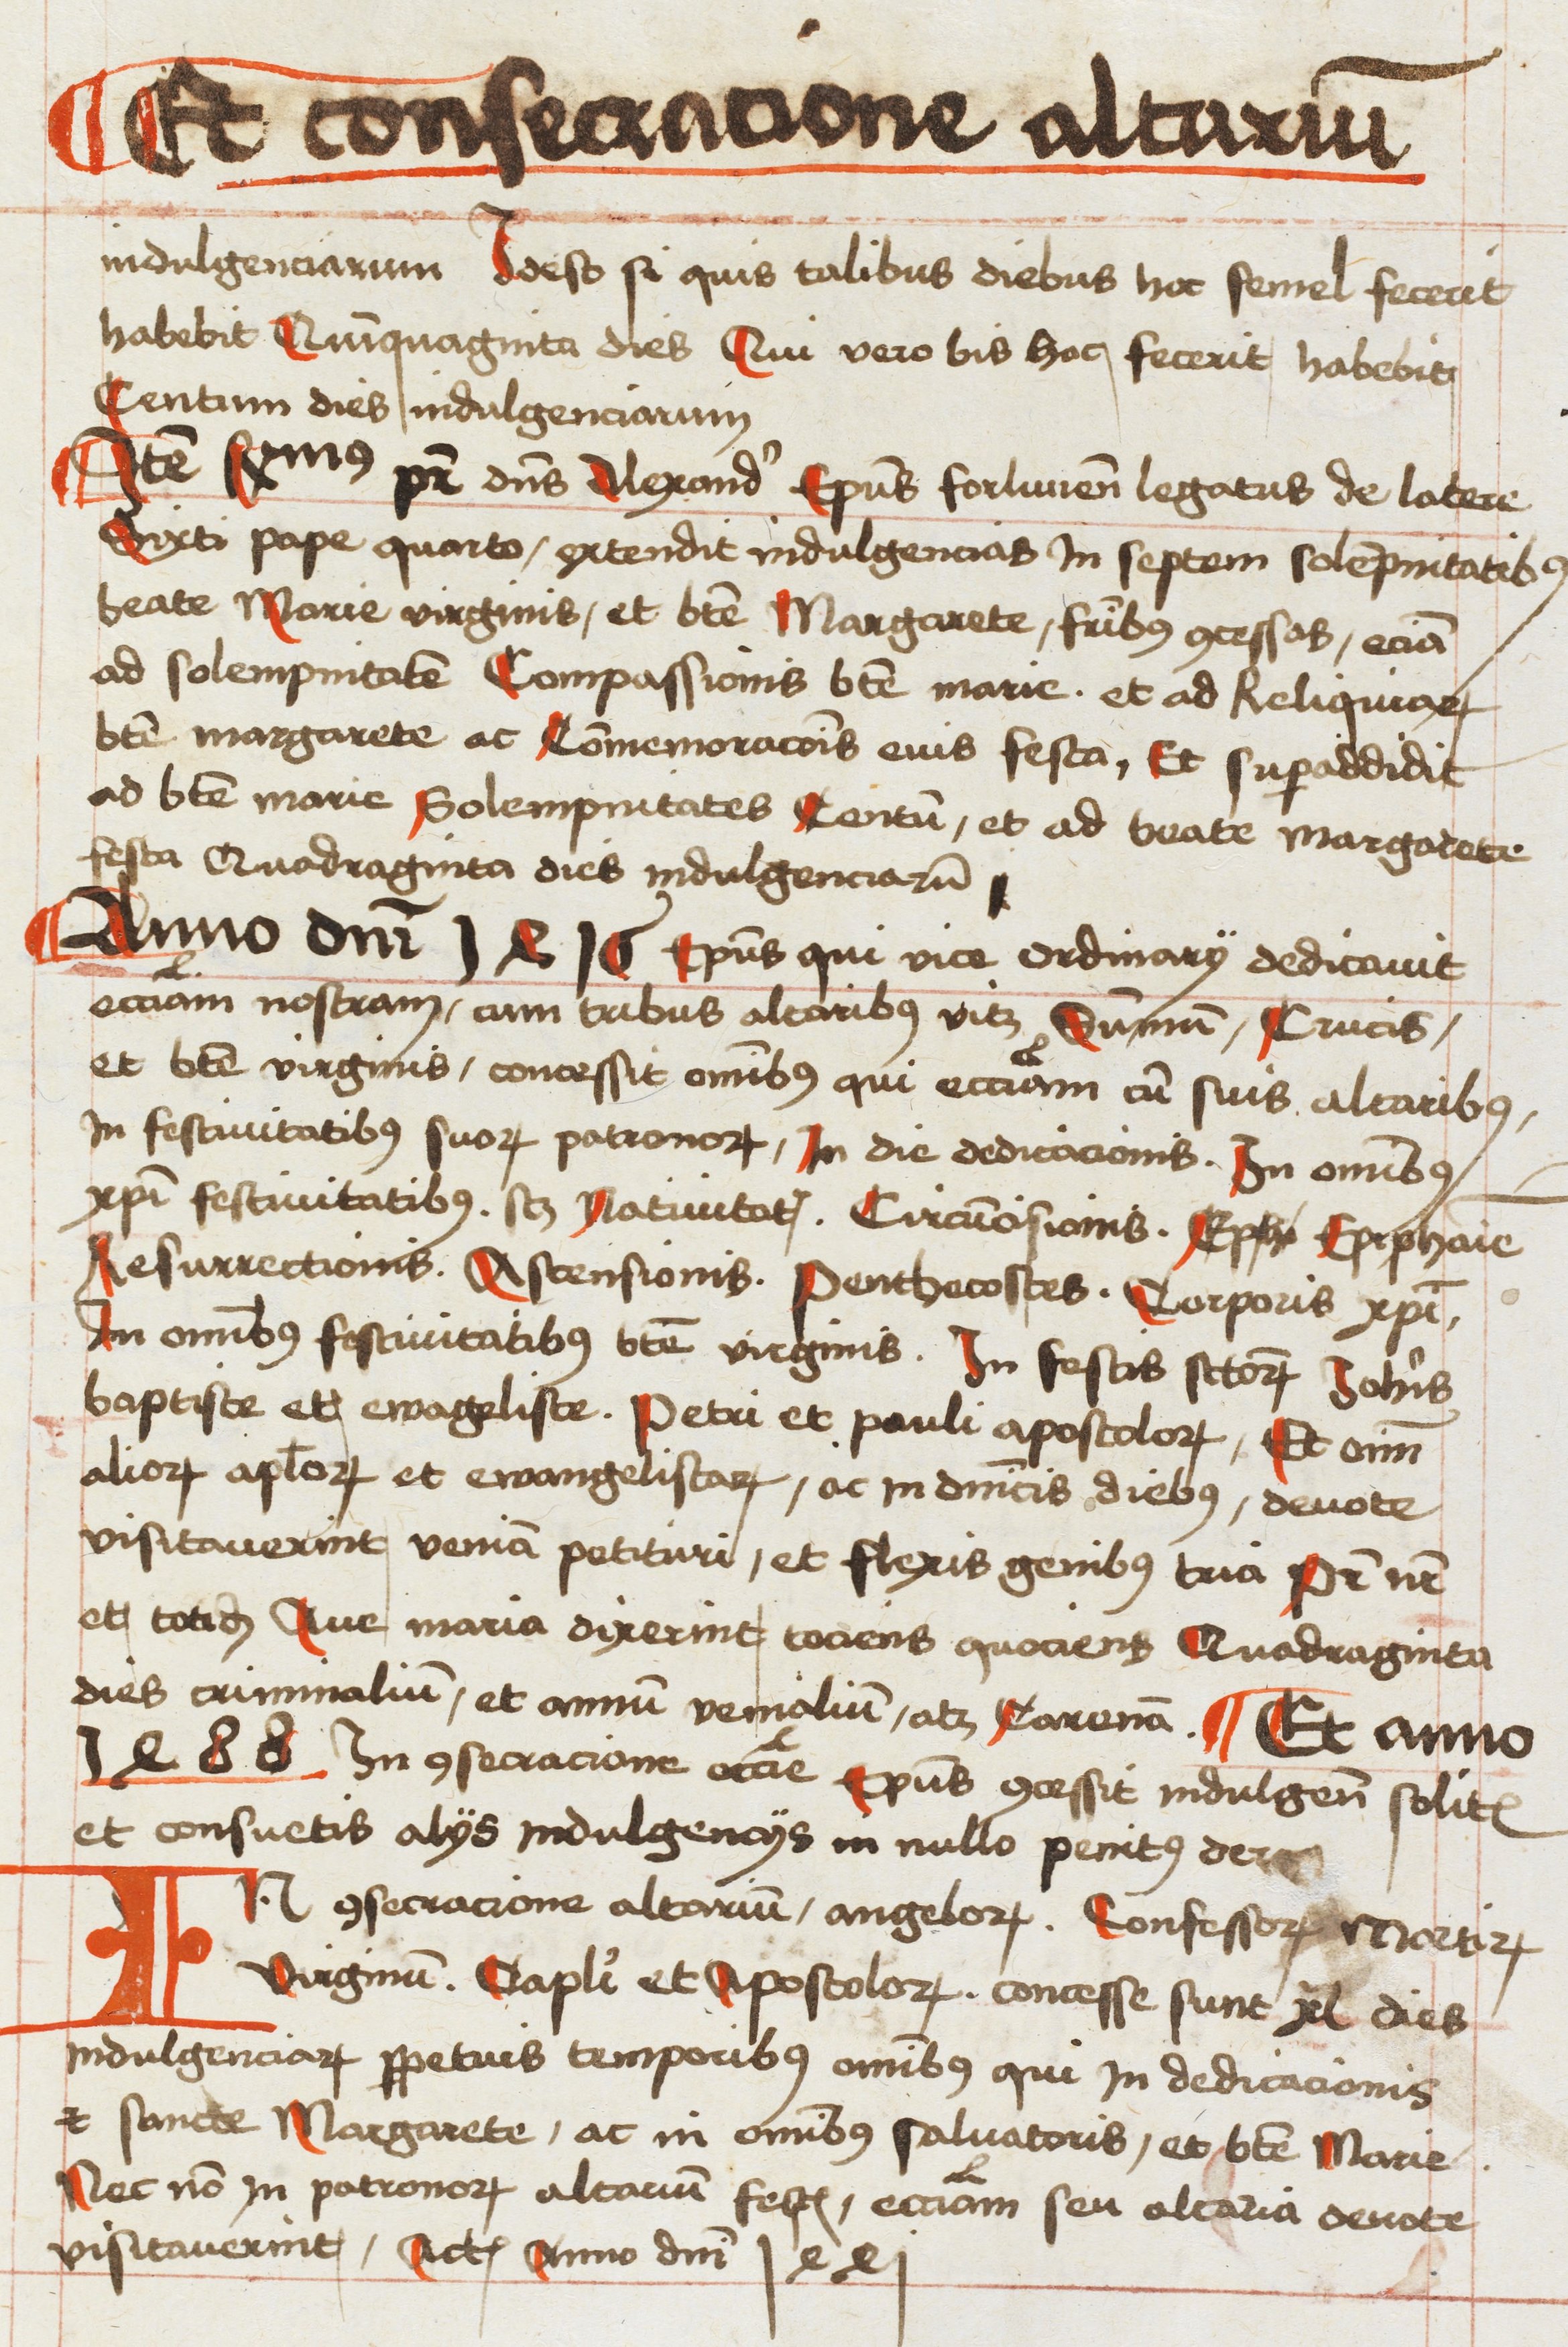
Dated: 1496–1498